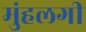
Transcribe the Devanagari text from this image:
मुंहलगी